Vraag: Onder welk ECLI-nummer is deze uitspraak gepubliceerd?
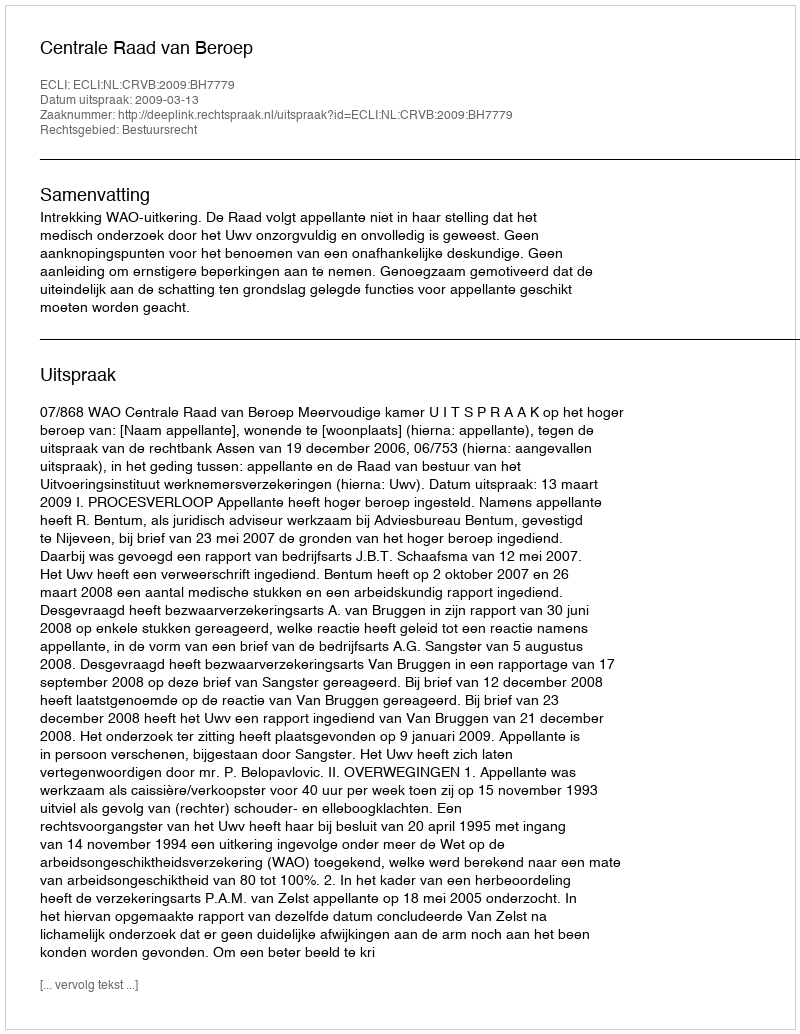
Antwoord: ECLI:NL:CRVB:2009:BH7779